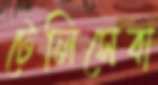
টেলিসেবা